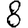
Digit: 8